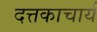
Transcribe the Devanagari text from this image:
दत्तकाचार्य